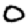
Digit: 0